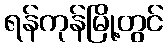
ရန်ကုန်မြို့တွင်